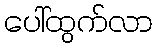
ပေါ်ထွက်လာ